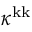
\kappa ^ { \mathrm { k k } }